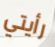
رأيتي